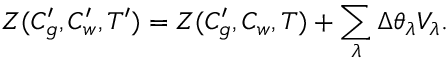
Z ( C _ { g } ^ { \prime } , C _ { w } ^ { \prime } , T ^ { \prime } ) = Z ( C _ { g } ^ { \prime } , C _ { w } , T ) + \sum _ { \lambda } \Delta \theta _ { \lambda } V _ { \lambda } .